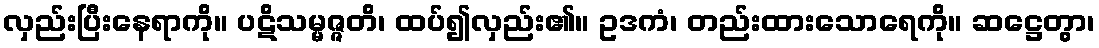
လှည်းပြီးနေရာကို။ ပဋိသမ္မဇ္ဇတိ၊ ထပ်၍လှည်း၏။ ဥဒကံ၊ တည်းထားသောရေကို။ ဆဋ္ဌေတွာ၊